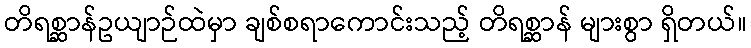
တိရစ္ဆာန်ဥယျာဉ်ထဲမှာ ချစ်စရာကောင်းသည့် တိရစ္ဆာန် များစွာ ရှိတယ်။